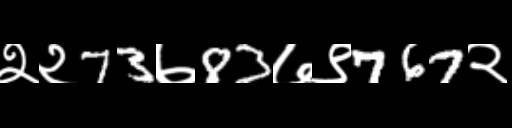
Text: २२73७83७९767२